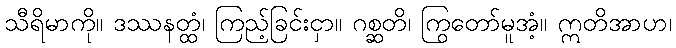
သီရိမာကို။ ဒဿနတ္ထံ၊ ကြည့်ခြင်းငှာ။ ဂစ္ဆတိ၊ ကြွတော်မူအံ့။ ဣတိအာဟ၊